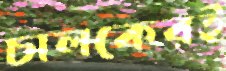
চালকেরই